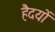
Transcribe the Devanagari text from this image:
हैदयों